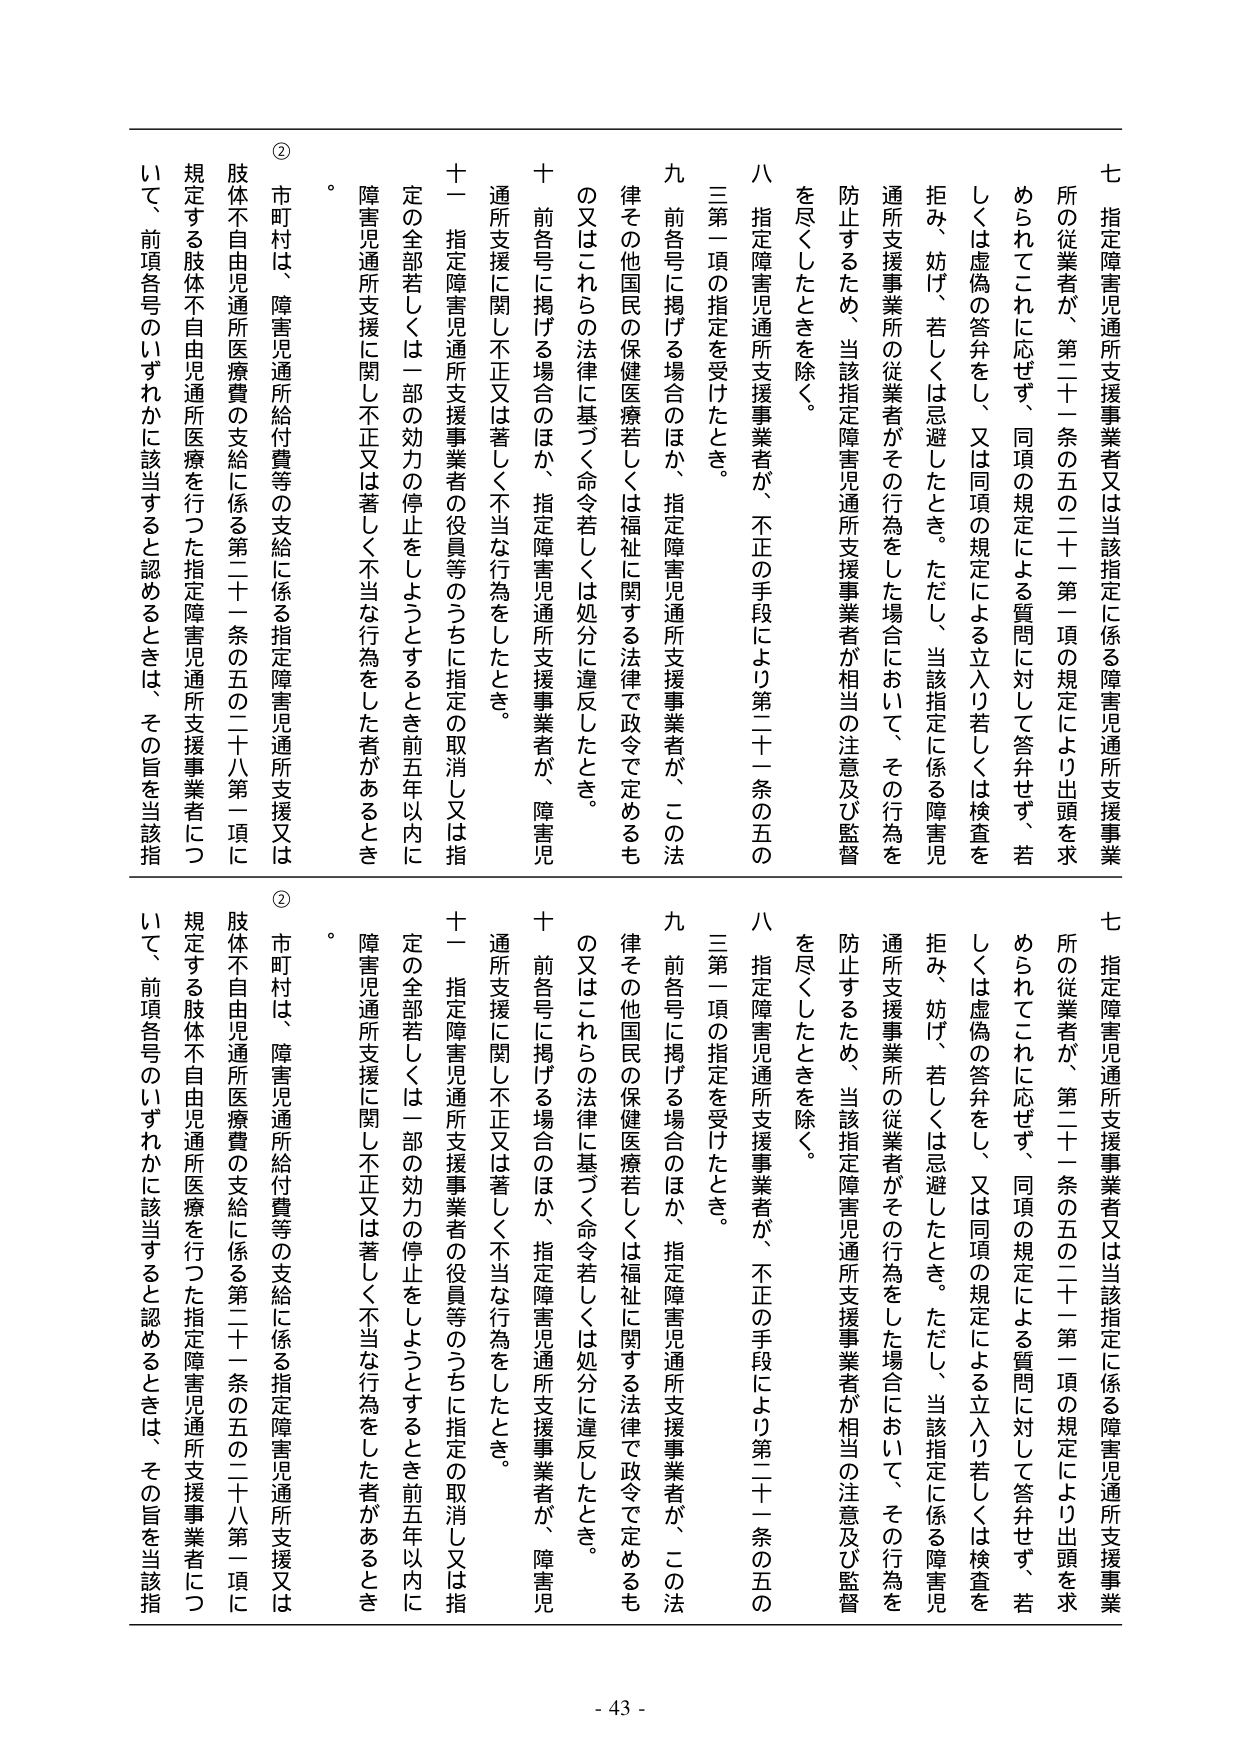
七 指定障害児通所支援事業者又は当該指定に係る障害児通所支援事業所の従業者が、第二十一条の五の二十一第一項の規定により出頭を求められてこれに応ぜず、同項の規定による質問に対して答弁せず、若しくは虚偽の答弁をし、又は同項の規定による立入り若しくは検査を拒み、妨げ、若しくは忌避したとき。ただし、当該指定に係る障害児通所支援事業所の従業者がその行為をした場合において、その行為を防止するため、当該指定障害児通所支援事業者が相当の注意及び監督を尽くしたときを除く。

八 指定障害児通所支援事業者が、不正の手段により第二十一条の五の三第一項の指定を受けたとき。

九 前各号に掲げる場合のほか、指定障害児通所支援事業者が、この法律その他国民の保健医療若しくは福祉に関する法律で政令で定めるものの又はこれらの法律に基づく命令若しくは処分に違反したとき。

十 前各号に掲げる場合のほか、指定障害児通所支援事業者が、障害児通所支援に関し不正又は著しく不当な行為をしたとき。

十一 指定障害児通所支援事業者の役員等のうちに指定の取消し又は指定の全部若しくは一部の効力の停止をしようとするとき前五年以内に障害児通所支援に関し不正又は著しく不当な行為をした者があるとき。

② 市町村は、障害児通所給付費等の支給に係る指定障害児通所支援又は肢体不自由児通所医療費の支給に係る第二十一条の五の二十八第一項に規定する肢体不自由児通所医療を行つた指定障害児通所支援事業者について、前項各号のいずれかに該当すると認めるときは、その旨を当該指

七 指定障害児通所支援事業者又は当該指定に係る障害児通所支援事業所の従業者が、第二十一条の五の二十一第一項の規定により出頭を求められてこれに応ぜず、同項の規定による質問に対して答弁せず、若しくは虚偽の答弁をし、又は同項の規定による立入り若しくは検査を拒み、妨げ、若しくは忌避したとき。ただし、当該指定に係る障害児通所支援事業所の従業者がその行為をした場合において、その行為を防止するため、当該指定障害児通所支援事業者が相当の注意及び監督を尽くしたときを除く。

八 指定障害児通所支援事業者が、不正の手段により第二十一条の五の三第一項の指定を受けたとき。

九 前各号に掲げる場合のほか、指定障害児通所支援事業者が、この法律その他国民の保健医療若しくは福祉に関する法律で政令で定めるものの又はこれらの法律に基づく命令若しくは処分に違反したとき。

十 前各号に掲げる場合のほか、指定障害児通所支援事業者が、障害児通所支援に関し不正又は著しく不当な行為をしたとき。

十一 指定障害児通所支援事業者の役員等のうちに指定の取消し又は指定の全部若しくは一部の効力の停止をしようとするとき前五年以内に障害児通所支援に関し不正又は著しく不当な行為をした者があるとき。

② 市町村は、障害児通所給付費等の支給に係る指定障害児通所支援又は肢体不自由児通所医療費の支給に係る第二十一条の五の二十八第一項に規定する肢体不自由児通所医療を行つた指定障害児通所支援事業者について、前項各号のいずれかに該当すると認めるときは、その旨を当該指

- 43 -